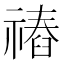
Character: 䄝